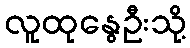
လူထုနွေဦးသို့